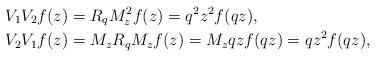
LaTeX: \begin{align*}&V_1V_2f(z)=R_qM_z^2f(z)=q^2z^2f(qz) ,\\&V_2V_1f(z)=M_zR_qM_zf(z)=M_zqzf(qz)=qz^2f(qz),\end{align*}